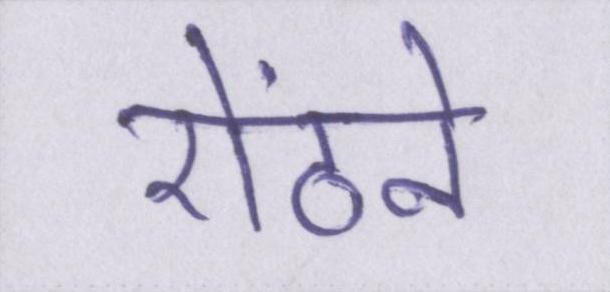
ऐंठने